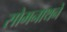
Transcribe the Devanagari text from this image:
सोमनाथने